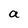
Character: a